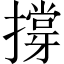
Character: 撐